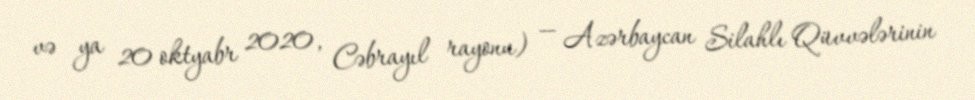
və ya 20 oktyabr 2020, Cəbrayıl rayonu) — Azərbaycan Silahlı Qüvvələrinin